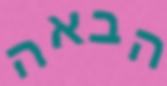
הבאה